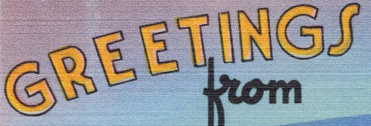
GREETINGS